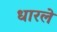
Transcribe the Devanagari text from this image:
धारले